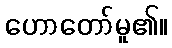
ဟောတော်မူ၏။